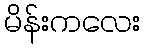
မိန်းကလေး